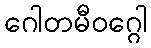
ဂေါတမီဝဂ္ဂေါ